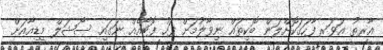
އާރތު އަވަރ ފާހަގަކޮށްލަން ބޮކިތައް ނިވާލުމަށް ފަހު ފޮޓޯއެއް ނަގައި ސޯޝަލް މީޑިއާއަށް